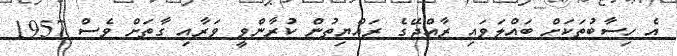
އެ ހިސާބުތަކަށް ބައްލަވައި ރާއްޖޭގެ ރައްޔިތުން ކުރާންވީ ވަރާއި ގާތަށް ވެސް 1957